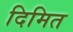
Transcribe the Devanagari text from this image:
दिमित